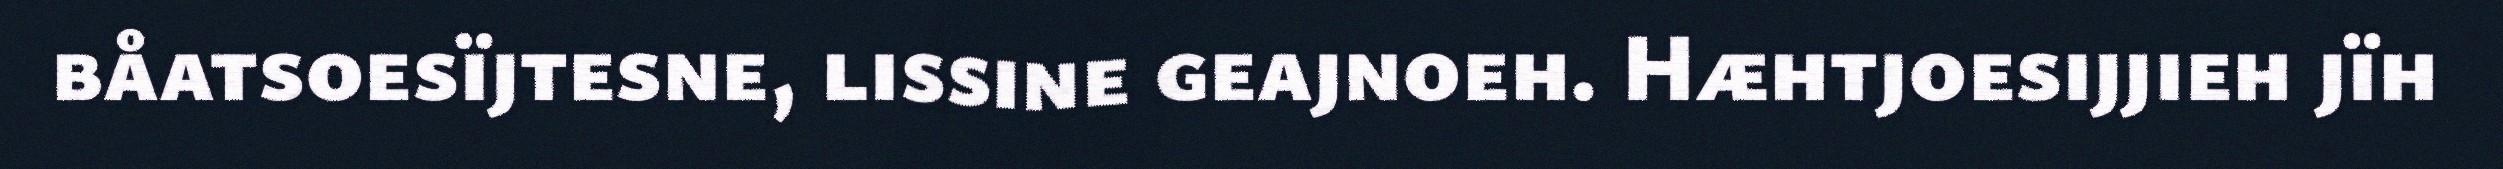
båatsoesïjtesne, lissine geajnoeh. Hæhtjoesijjieh jïh